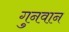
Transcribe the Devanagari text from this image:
गुनवान